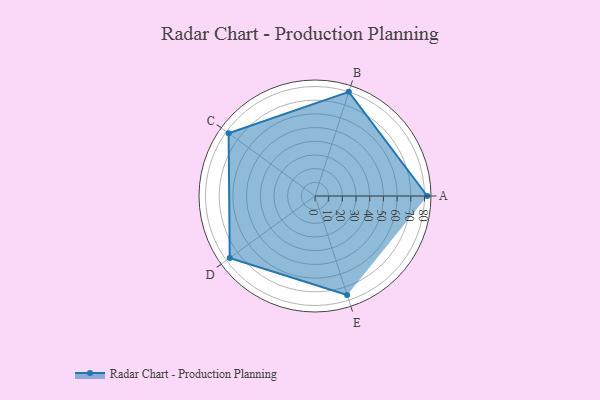
{"axis": {"x": "Skill", "y": "Score"}, "legend": ["Profile"], "data": [{"x": "A", "y": 82.0, "type": "Profile"}, {"x": "B", "y": 80.0, "type": "Profile"}, {"x": "C", "y": 78.0, "type": "Profile"}, {"x": "D", "y": 77.0, "type": "Profile"}, {"x": "E", "y": 76.0, "type": "Profile"}]}